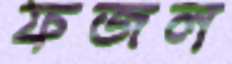
ফজল